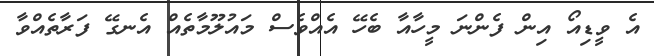
އެ ވީޑިއޯ އިން ފެންނަ މީހާއާ ބެހޭ އެއްވެސް މައުލޫމާތެއް އެނގޭ ފަރާތެއްވާ